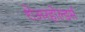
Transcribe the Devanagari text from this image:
शेअरहोल्डर्स